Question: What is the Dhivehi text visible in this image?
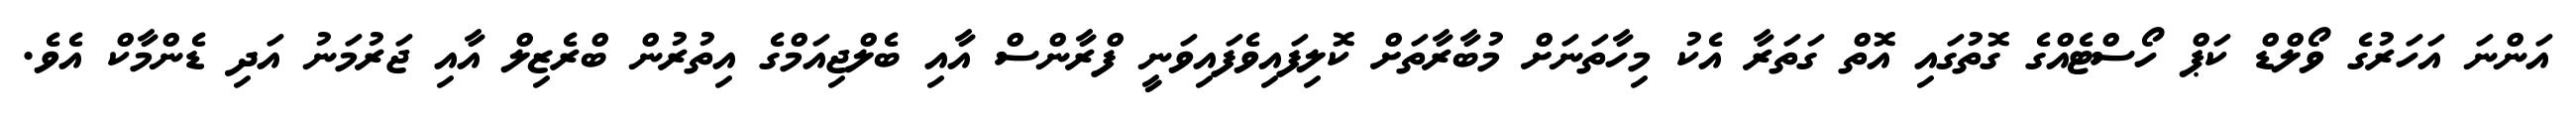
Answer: އަންނަ އަހަރުގެ ވޯލްޑް ކަޕް ހޯސްޓެއްގެ ގޮތުގައި އޮތް ގަތަރާ އެކު މިހާތަނަށް މުބާރާތަށް ކޮލިފައިވެފައިވަނީ ފްރާންސް އާއި ބެލްޖިއަމްގެ އިތުރުން ބްރެޒިލް އާއި ޖަރުމަނު އަދި ޑެންމާކް އެވެ.